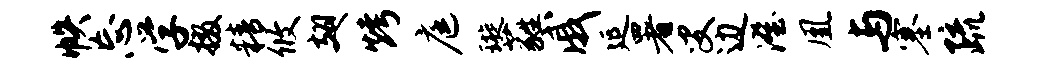
帙忘学掇精攸翅烤庭璇蕤戚延署叟边澄凰与塞疏